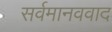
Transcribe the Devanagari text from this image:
सर्वमानववाद